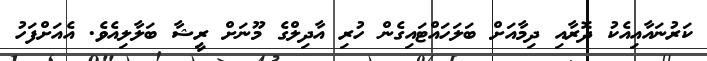
ކަރުނައާއިއެކު ދޮރާއި ދިމާއަށް ބަލަހައްޓައިގެން ހުރި އާދިލްގެ މޫނަށް ރީޝާ ބަލާލިއެވެ. އެއަށްފަހު